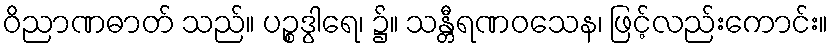
ဝိညာဏဓာတ် သည်။ ပဉ္စဒွါရေ၊ ၌။ သန္တီရဏဝသေန၊ ဖြင့်လည်းကောင်း။